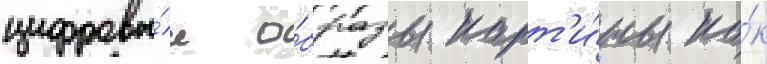
цифровы́е о́бразы карт'и́ны ка́к